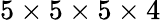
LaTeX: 5\times 5\times 5\times 4